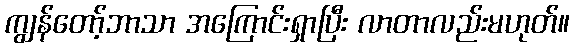
ကျွန်တော့်ဘာသာ အကြောင်းရှာပြီး လာတာလည်းမဟုတ်။